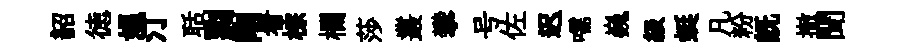
韶徳媪汀聒剽剛看棕欄莎叢攀号佐迟嚅巍級蜓凡粉既撤聞